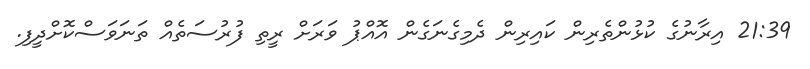
21:39 އިރާނުގެ ކުޅުންތެރިން ކައިރިން ދެމިގެނަގެން އޮއްޕު ވަރަށް ރީތި ފުރުސަތެއް ތަނަވަސްކޮށްދީފި.